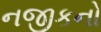
નજીકનો